Annual report of the Punjab Veterinary College and of the Civil Veterinary Department, Punjab - 1909-1919
Year: 1909
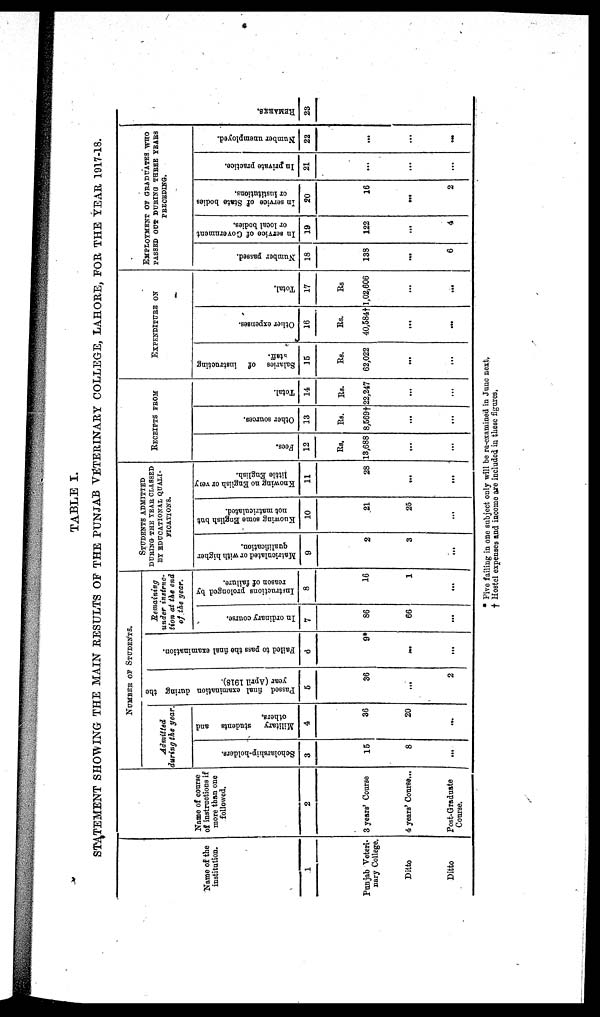
TABLE I.
STATEMENT SHOWING THE MAIN RESULTS OF THE PUNJAB VETERINARY COLLEGE, LAHORE, FOR THE YEAR 1917-18.
Name of the
institution.
1
Punjab Veteri-
nary College.
Ditto
Ditto
Name of course
of instructions if
more than one
followed.
2
3 years' Course
4 years' Course...
Post-Graduate
Course.
NUMBER OF STUDENTS.
Admitted
during the year.
Scholarship-holders.
3
15
8
…
Military
students
and
others.
4
36
20
...
Passed final examination during the
year (April 1918).
5
36
...
2
Failed to pass the final examination.
8
9*
...
…
Remaining
under instruc-
tion at the end
of the year.
In ordinary course.
7
86
66
…
Instruactions
prolonged by
reason of failure.
8
16
1
…
STUDENTS ADMITTED
DURING THE YEAR CLASSED
BY EDUCATIONAL QUALI-
FICATIONS.
Matriculated or with higher
qualification.
9
2
3
…
Kuowing some English but
not matriculated.
10
21
25
…
Knowing no English or very
little English.
11
28
...
…
RECEIPTS
FROM
Fees.
12
Rs.
13,688
...
…
Other sources.
13
Rs.
8,569†
...
...
Total.
14
Rs.
22,247
...
...
EXPENDITURE
ON
Salaries of instructing
staff.
15
Rs.
62,022
...
...
Other expenses.
16
Rs.
40,584†
...
...
Total.
17
Rs
1,02,606
...
...
EMPLOYMENT OF GRADUATES WHO
PASSED OUT DURING THREE YEARS
PRECEDING.
Number passed.
18
138
...
6
In service of Government
or local bodies.
19
122
...
4
In service of State bodies
or institutions.
20
16
...
2
In private practice.
21
...
...
...
Number unemployed.
22
...
...
...
REMARKS .
23
* Five failing in one subject only will be re-examined in June next,
† Hostel expenses and income are included in these figures.